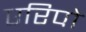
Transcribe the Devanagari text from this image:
एरिपो